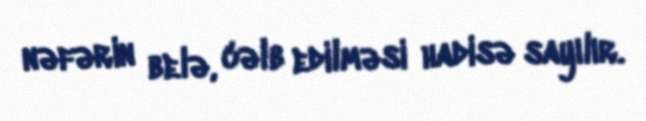
nəfərin belə, cəlb edilməsi hadisə sayılır.